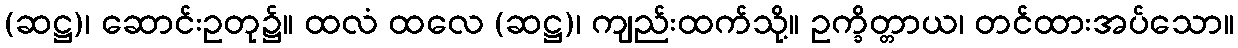
(ဆဋ္ဌ)၊ ဆောင်းဥတု၌။ ထလံ ထလေ (ဆဋ္ဌ)၊ ကျည်းထက်သို့။ ဥက္ခိတ္တာယ၊ တင်ထားအပ်သော။